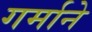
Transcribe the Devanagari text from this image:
गर्माने